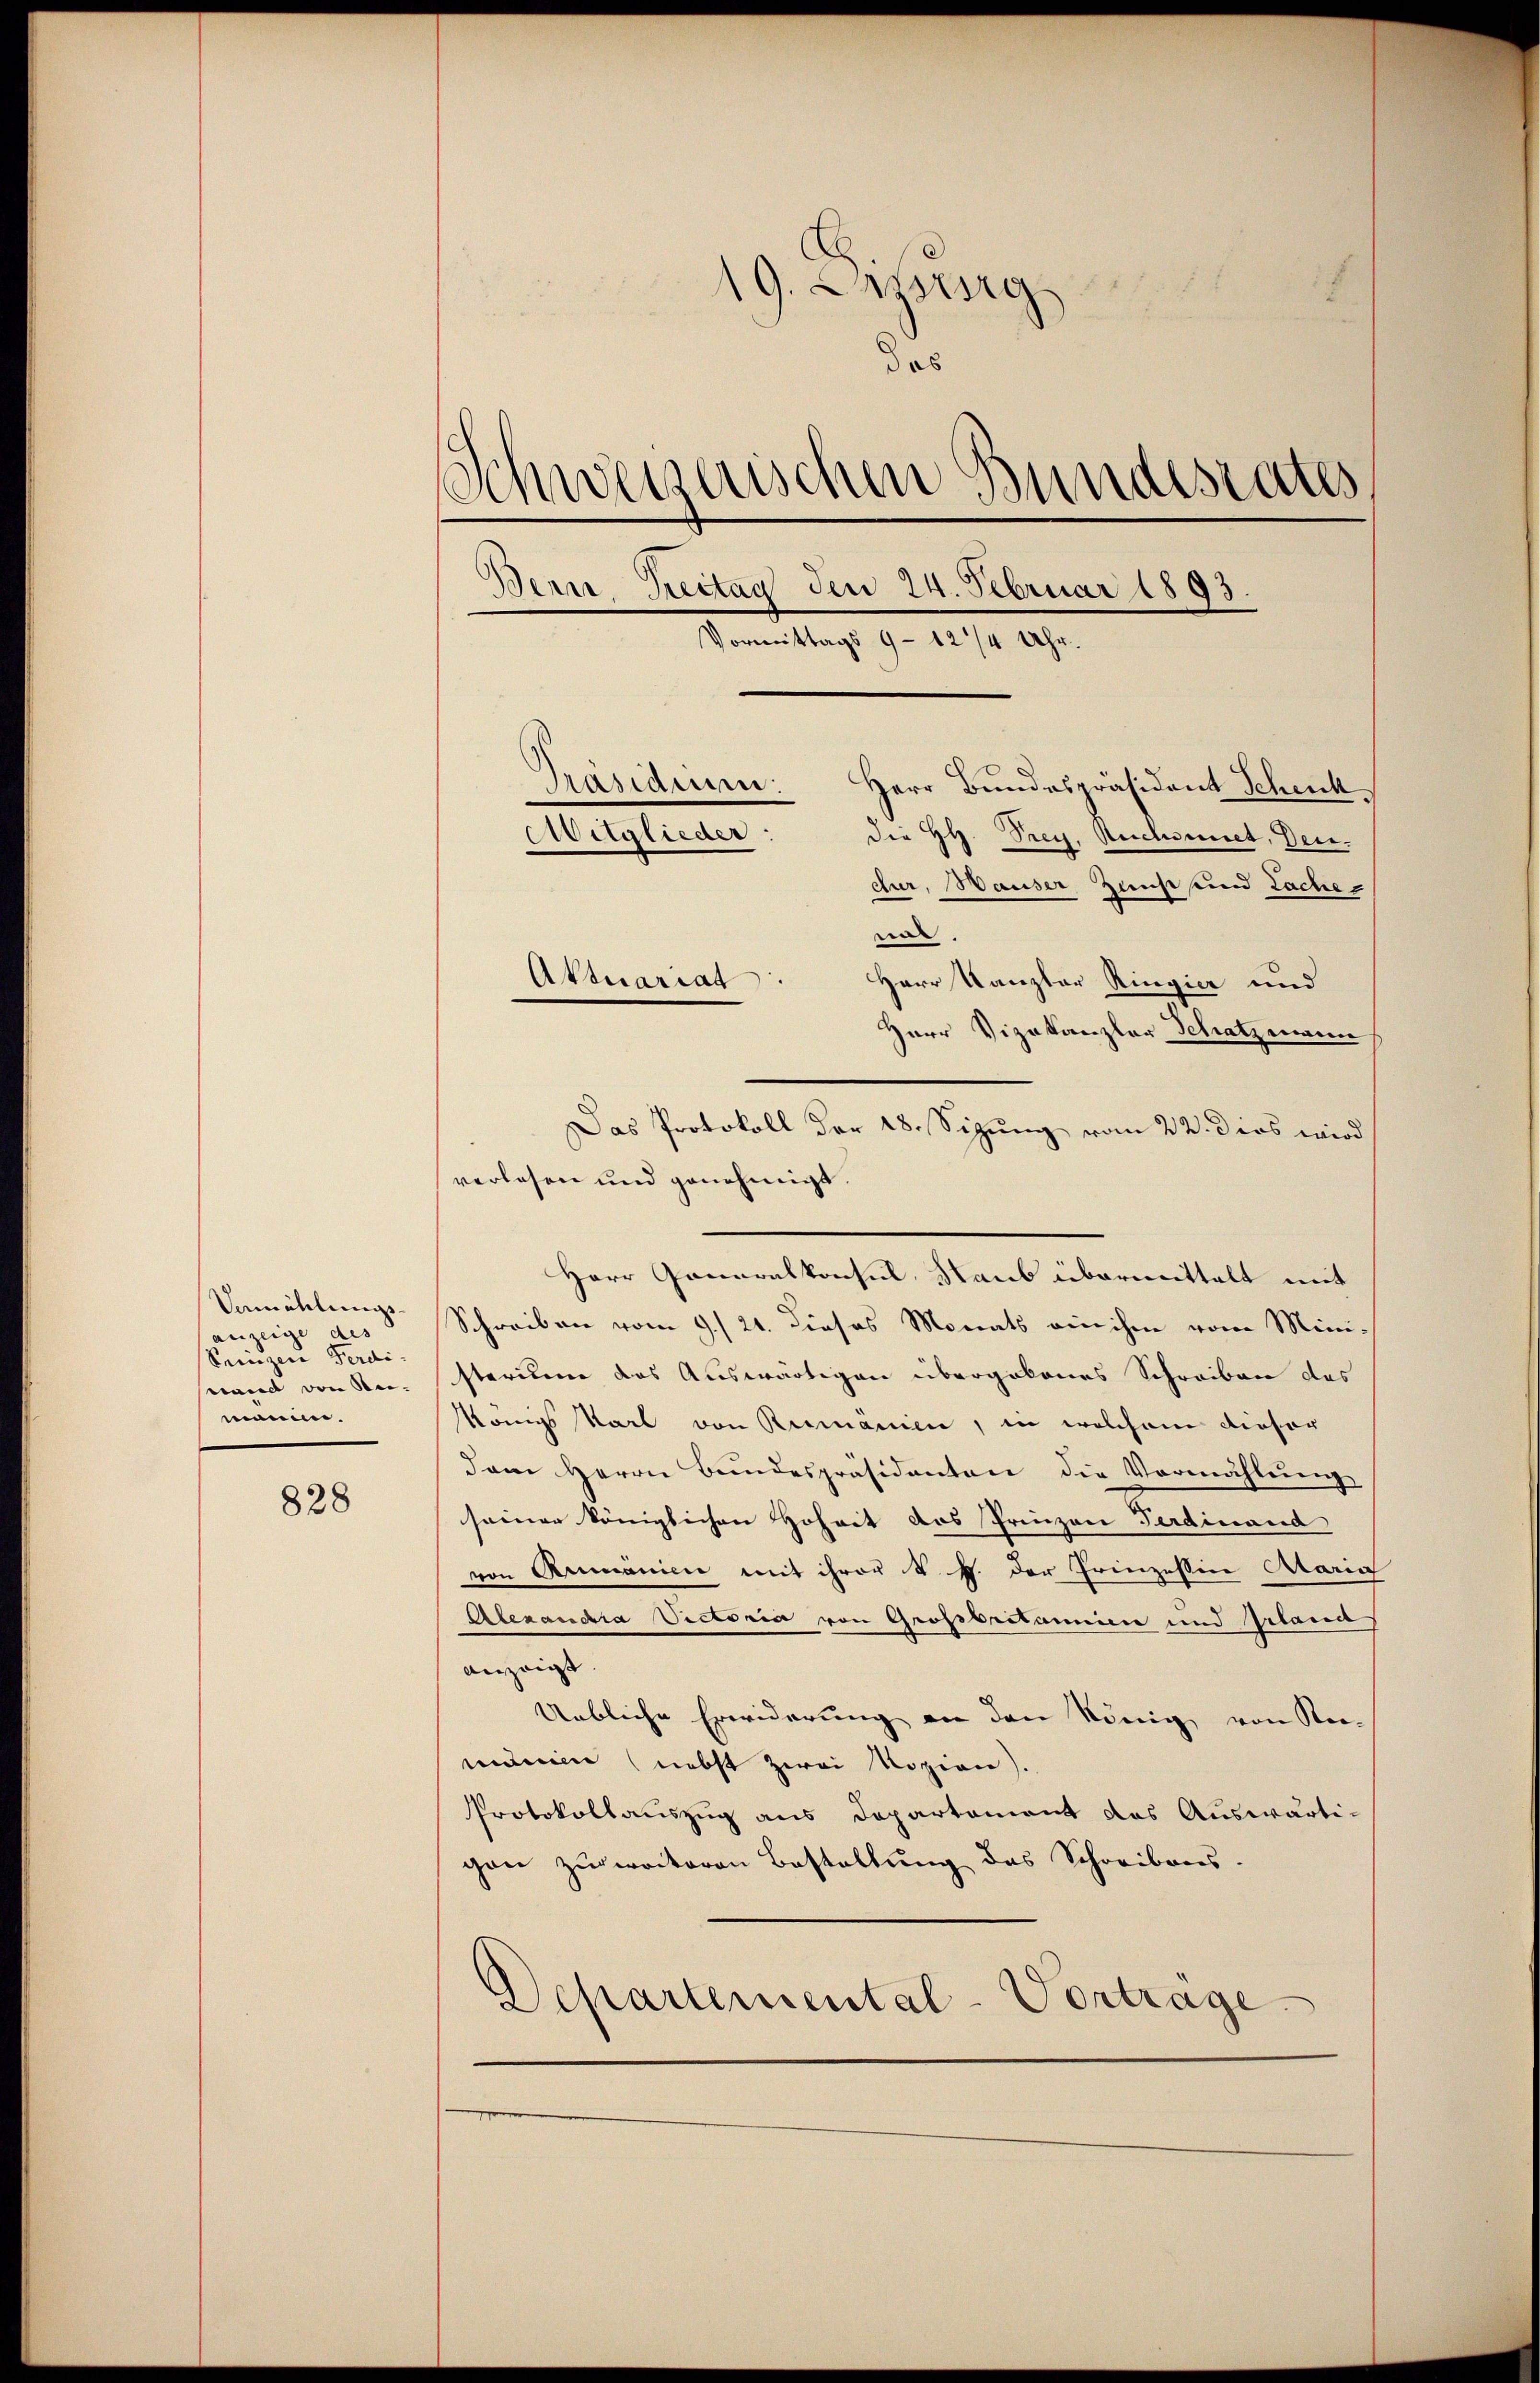
Vemählungs-
anzeige des
Seinzen Peri
nand von Sei-
manin.

828

19. Anzeig
8
das
Schweizerischen Bundesrates,
d
Bern Zeitag den 24. Februar 1893.
Vormittags 9 - 12/4 Uhr.
Präsidenen: Herr Bundespräsident Schenk
Aitglieder:
die HH. Frey, Rechsenet, Deudur, Hauser Zunft und Lache

e
Herr Kanzler Ringier und
Herr Vizekanzler Schatzmann
Das Protokoll der 18. Sizŭng vom 22. dies wird
verlesen und genehmigt.
Herr Generalkonsul, Raub übermittelt mit
Schreiben vom 9./21. dieses Monats ein ihme vom Ministerium das Auswärtigen übergebenes Schreiben des
Königs Karl von Rumänien, in welchem dieser
dam Herrn Bŭndespräsidenten die Vermählŭng
seiner königlichen Hoheit des Prinzen Ferdinand
von Armanici mit ihrer k. J. der Prinzessin Ataria
Alexandra Victoria von Grosbestanien und Grana
anzeigt
Uebliche Erwiderung an den könig von Ka-
idmen (nebst zwei Rozion).
Protokollauszug aus Departement das Auswärtigen zur weiteren Bestellung des Schreibens-
Departemental-Vortrage

Aktuariat